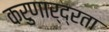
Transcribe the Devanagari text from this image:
करुणार्द्रता